Report on malaria in the Punjab during the year ...  together with an account of the work of the Punjab Malaria Bureau - Volume 5
Disease focus: Malaria
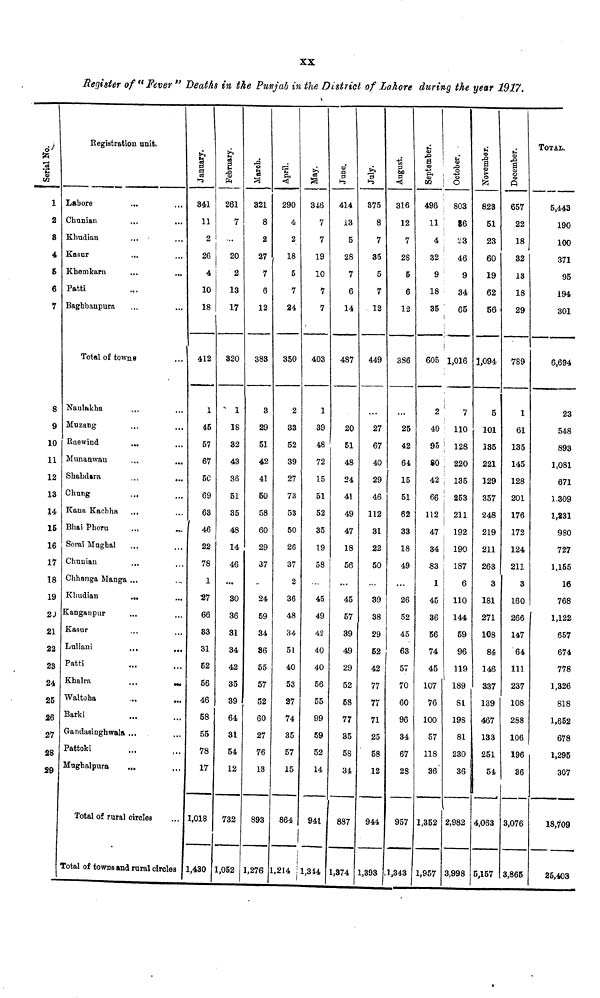
XX
Register of " Fever " Deaths in the Punjab in the District of Lahore during the year 1917.
1
2
8
4
5
6
7
8
9
10
11
12
13
14
15
16
17
18
19
2J
21
22
23
24
25
26
27
28
29
Registration unit.
Lahore
...
...
Chunian
Khudian
Kasur
Khemkarn
Patti
Baghbaupura
Total of towns
Naulakha
Muzang
Raewind
...
Munanwan
...
...
Shahdara
...
...
Chung
...
Kana Kachha
...
Bhai Pheru
Serai Mughal
Chunian
...
Chhanga Manga ...
Khudian
...
...
Kanganpur
Kasur
Luliani
...
...
Patti
Khalra
...
...
Waltoha
Barki
Gandasinghwala ...
Pattoki
Mughalpura
...
Total of rural circles
Total of towns and rural circles
January.
341
11
2
26
4
10
18
412
1
45
57
67
50
69
63
46
22
78
1
27
66
83
31
52
56
46
58
55
78
17
1,018
1,430
February.
261
7
20
2
13
17
320
1
18
32
43
36
51
35
48
14
46
30
36
31
34
42
35
39
64
31
54
12
732
1,052
321
8
2
27
7
6
12
383
3
29
51
42
41
50
58
60
29
37
24
59
34
86
55
57
52
60
27
76
13
893
1,276
April.
290
4
2
18
5
7
24
350
2
33
52
39
27
73
53
50
26
37
2
36
48
34
51
40
53
27
74
35
57
15
864
1,214
May.
3X6
7
7
19
10
7
7
403
1
39
48
72
15
51
52
35
19
58
45
49
42
40
40
56
55
99
59
52
14
941
1,344
June.
1
414
i3
5
28
7
6
14
487
20
51
48
24
41
49
47
18
56
45
57
39
49
29
52
58
77
35
58
34
887
1,374
July.
375
8
7
35
5
7
12
449
27
67
40
29
46
112
31
22
50
39
38
29
52
42
77
77
71
25
58
12
944
1,393
August.
316
12
7
28
5
6
12
386
25
42
64
15
51
62
33
18
49
26
52
45
63
57
70
60
96
34
67
28
957
1,343
September.
496
11
4
|
32
9
18
35
605
2
40
95
80
42
66
112
47
34
S3
1
45
36
56
74
45
107
76
100
57
118
36
1,352
1,957
October.
803
86
23
46
9
34
65
1,016
7
110
128
220
135
253
211
192
190
187
6
110
144
59
96
119
189
81
198
81
230
36
2,982
3,998
November.
823
51
23
60
19
62
56
1,094
5
101
135
221
129
357
248
219
211
263
3
181
271
108
84
146
337
139
467
133
251
54
4,063
5,157
December.
657
22
18
32
13
18
29
789
1
61
135
145
128
201
176
172
124
211
3
160
266
147
64
111
237
108
288
106
196
36
3,076
3,865
TOTAL.
5,443
190
100
371
95
194
301
6,694
23
548
893
1,081
671
1.309
1,831
980
727
l s l55
16
768
1,122
657
674
778
1,326
818
1,652
678
1,295
307
18,709
25,403